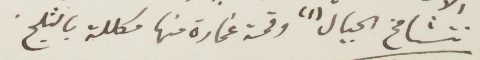
تتشامخ الجبال وقمة غمارة منها مكللة بالثلوج